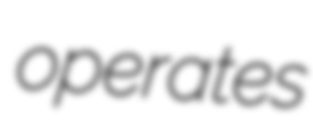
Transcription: operates